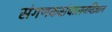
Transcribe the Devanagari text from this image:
संगणकसंचालनविज्ञान